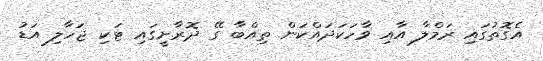
އެގޮތުގައި ރަމްލާ އާއި ވާހަކަދައްކަން ތިއްބާ ގޭ ދޮރާށީގައި ޓަކި ޖަހާލި އަޑު